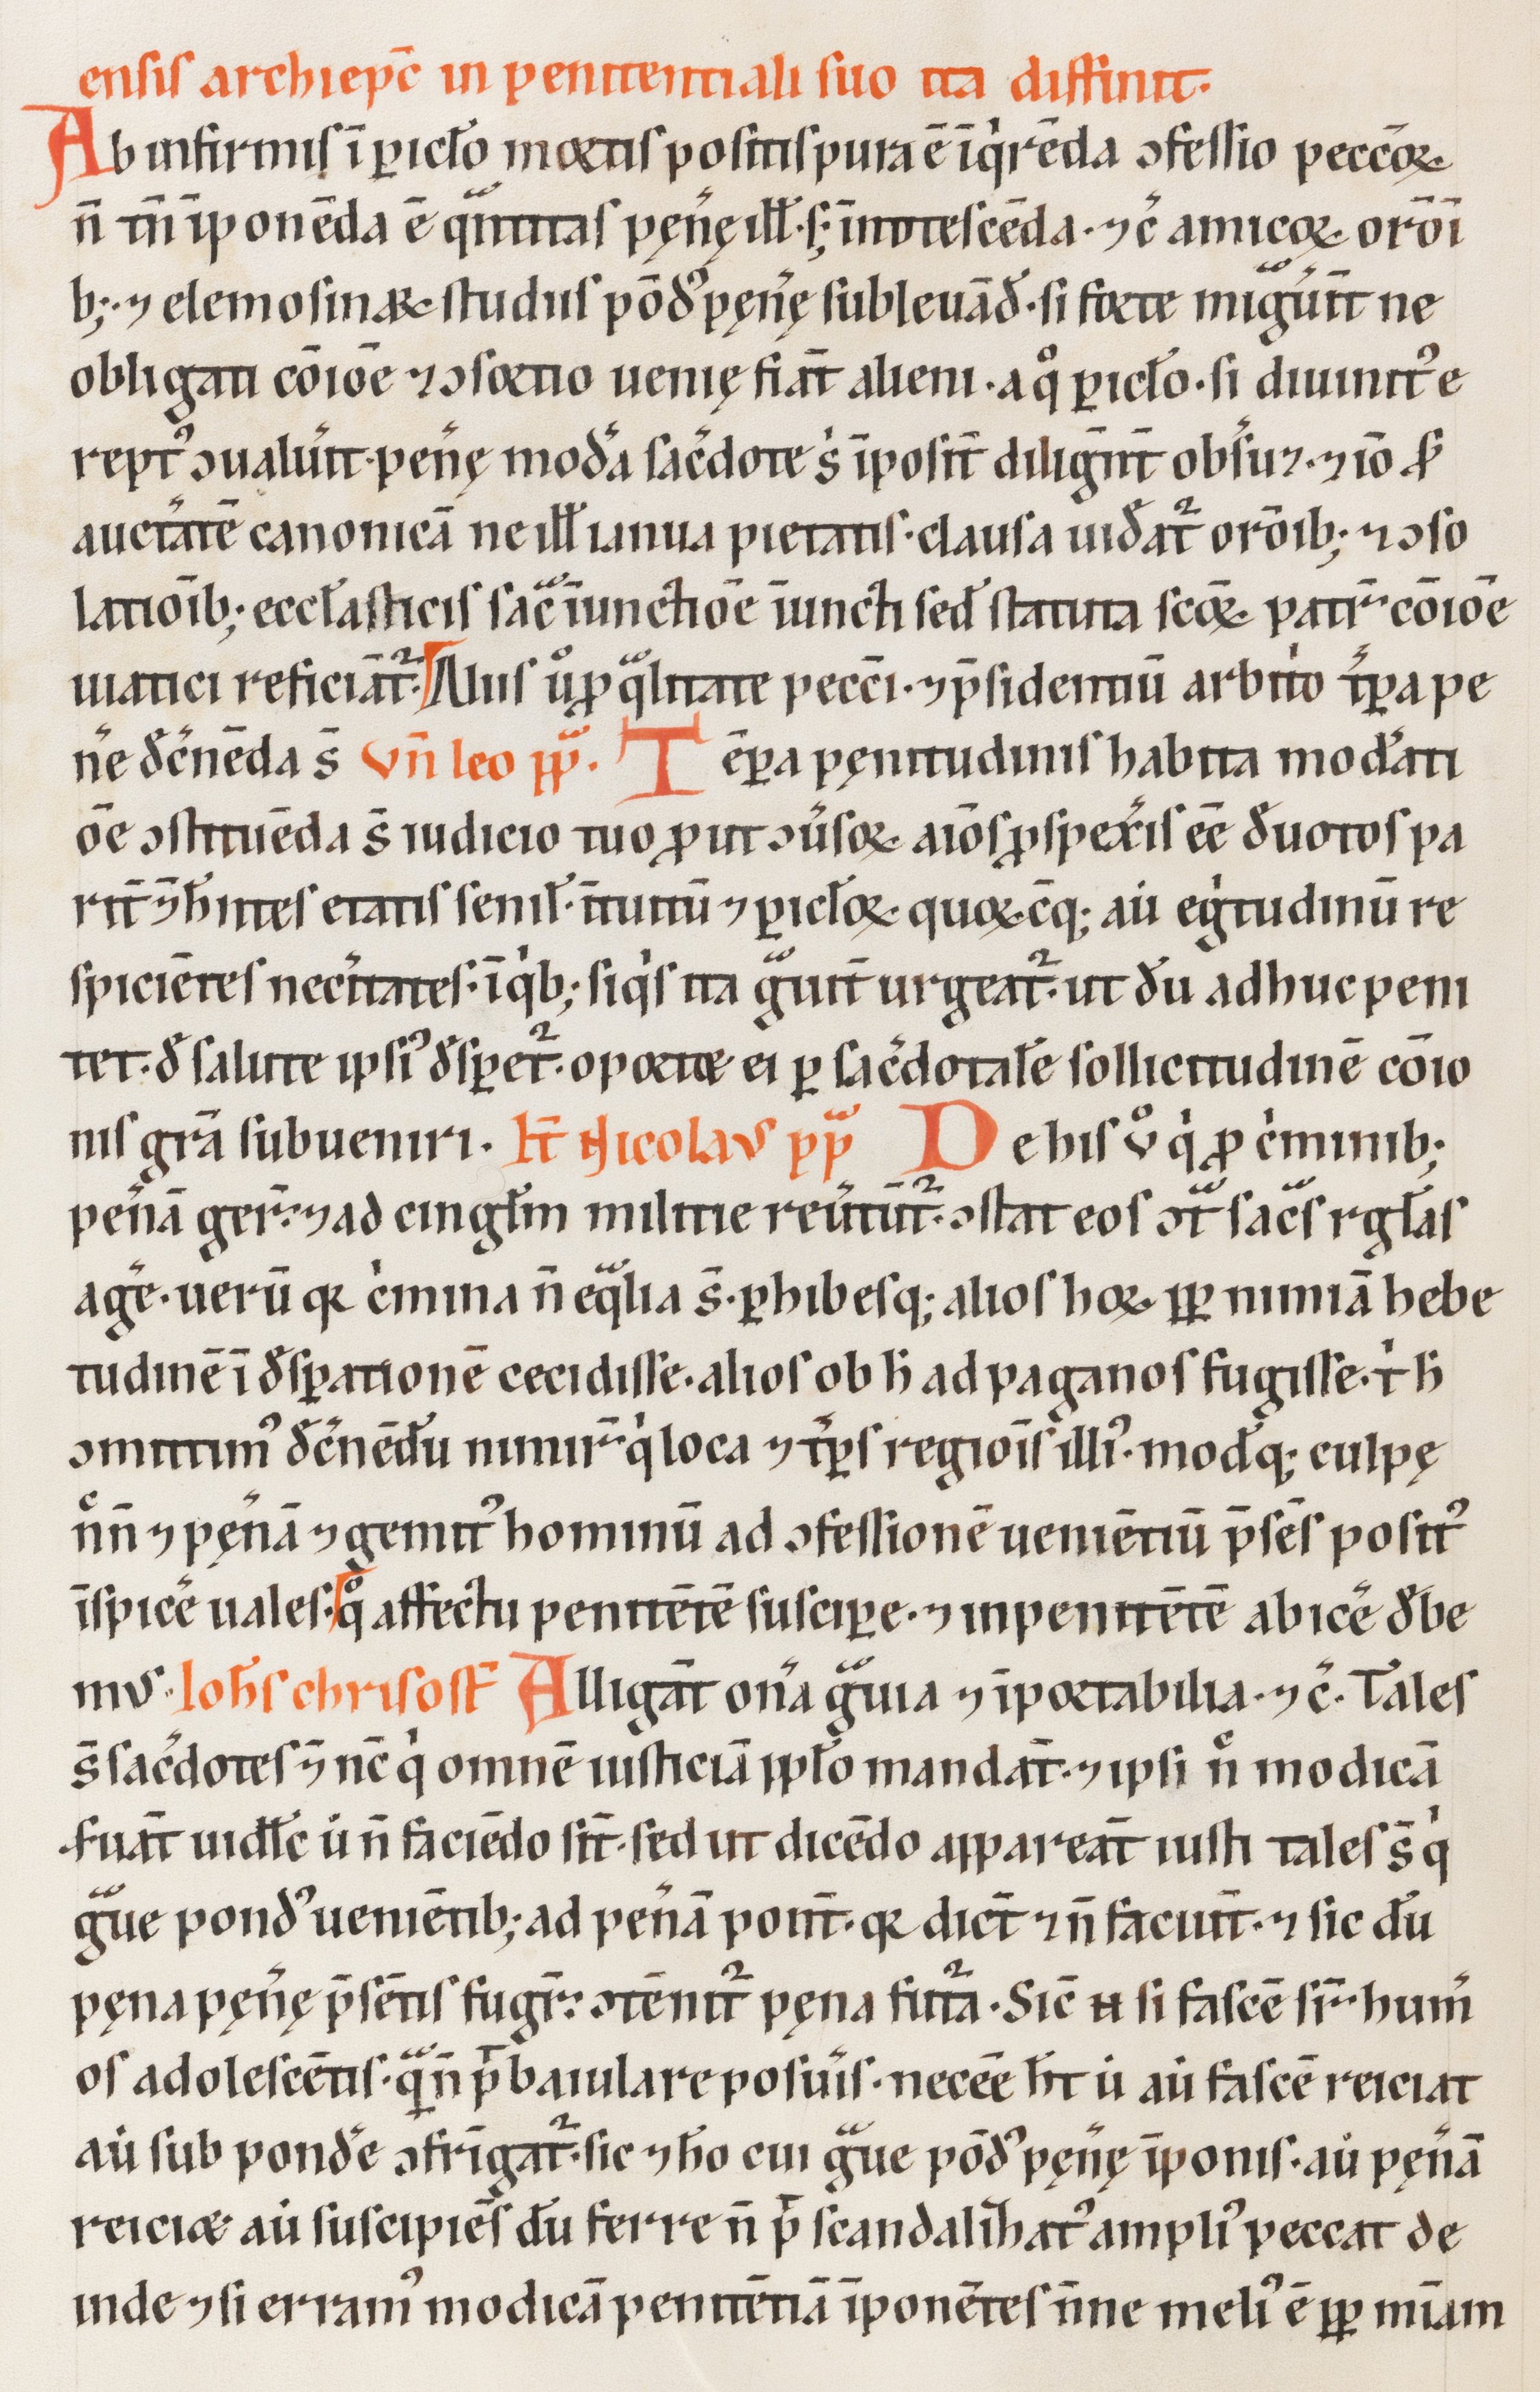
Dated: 1200–1299